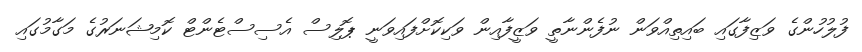
ފުލުހުންގެ ވަޒިފާގައި ބައިތިއްވަން ނުފެންނާތީ ވަޒީފާއިން ވަކިކޮށްފައިވަނީ ޕޮލިސް އެސިސްޓެންޓް ކޮމިޝަނަރުގެ މަގާމުގައި